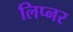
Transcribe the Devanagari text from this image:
लिप्नर